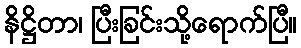
နိဋ္ဌိတာ၊ ပြီးခြင်းသို့ရောက်ပြီ။